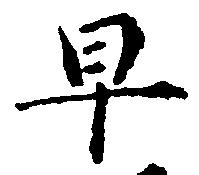
早